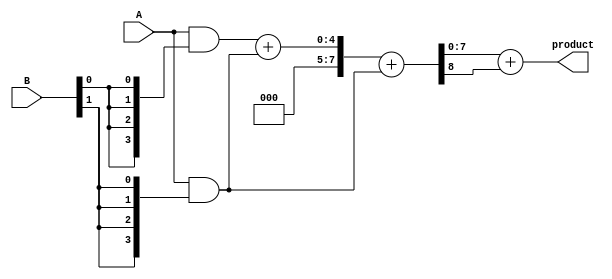
module unfolded_wallace_tree_multiplier #(parameter A_WIDTH = 4, B_WIDTH = 4)(
    input [A_WIDTH-1:0] A,
    input [B_WIDTH-1:0] B,
    output reg [A_WIDTH + B_WIDTH - 1:0] product
);

    // Generate partial products
    wire [A_WIDTH-1:0] pp[B_WIDTH-1:0]; // Partial products
    genvar i;
    generate
        for (i = 0; i < B_WIDTH; i = i + 1) begin: partial_product_gen
            assign pp[i] = A & {A_WIDTH{B[i]}};
        end
    endgenerate

    // Stage 1: Combine partial products using half adders and full adders
    wire [A_WIDTH + B_WIDTH - 1:0] sum_stage1 [B_WIDTH-1:0];
    wire [B_WIDTH-1:0] carry_stage1;

    generate
        for (i = 0; i < B_WIDTH-1; i = i + 1) begin: stage1
            if (i % 2 == 0) begin
                assign {carry_stage1[i], sum_stage1[i]} = pp[i] + pp[i+1];
            end else begin
                assign sum_stage1[i] = pp[i];
                assign carry_stage1[i] = 0;
            end
        end
    endgenerate

    // Stage 2: Combine results from Stage 1
    wire [A_WIDTH + B_WIDTH - 1:0] sum_stage2;
    wire carry_stage2;

    assign {carry_stage2, sum_stage2} = sum_stage1[0] + sum_stage1[1];

    // Final Stage: Add the last two sums
    always @(*) begin
        product = sum_stage2 + carry_stage2;
    end

endmodule